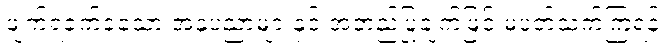
ဖျက်ရခက်ခဲသော အနုပညာများနှင့် အတည်ပြုချက်ဖြင့် မပတ်သက်ကြရန်